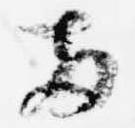
両